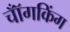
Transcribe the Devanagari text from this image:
चॉँगकिंग